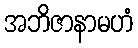
အဘိဇာနာမဟံ